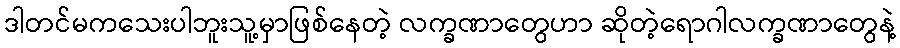
ဒါတင်မကသေးပါဘူးသူ့မှာဖြစ်နေတဲ့ လက္ခဏာတွေဟာ ဆိုတဲ့ရောဂါလက္ခဏာတွေနဲ့